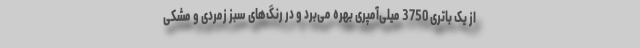
از یک باتری 3750 میلی‌آمپری بهره می‌برد و در رنگ‌های سبز زمردی و مشکی